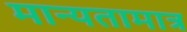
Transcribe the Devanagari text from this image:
मान्यतामात्र